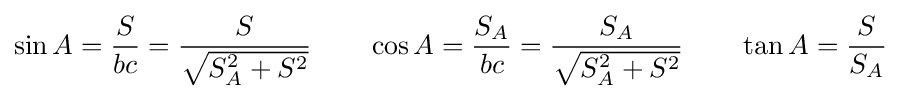
\sin A={\frac {S}{bc}}={\frac {S}{\sqrt {S_{A}^{2}+S^{2}}}}\quad \quad \cos A={\frac {S_{A}}{bc}}={\frac {S_{A}}{\sqrt {S_{A}^{2}+S^{2}}}}\quad \quad \tan A={\frac {S}{S_{A}}}